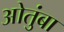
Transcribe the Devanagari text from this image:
ओतुंबा